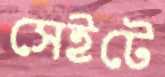
সেইটে